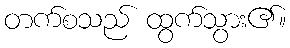
တက်စသည် ထွက်သွား၏။